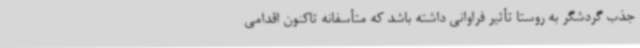
جذب گردشگر به روستا تأثیر فراوانی داشته باشد که متأسفانه تاکنون اقدامی